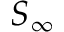
S _ { \infty }